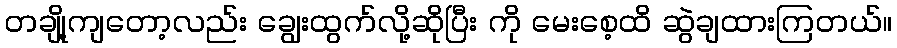
တချို့ကျတော့လည်း ချွေးထွက်လို့ဆိုပြီး ကို မေးစေ့ထိ ဆွဲချထားကြတယ်။